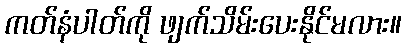
ကတ်နံပါတ်ကို ဖျက်သိမ်းပေးနိုင်မလား။